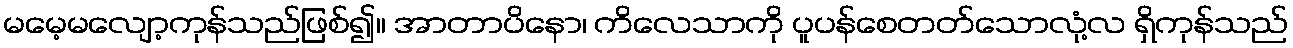
မမေ့မလျော့ကုန်သည်ဖြစ်၍။ အာတာပိနော၊ ကိလေသာကို ပူပန်စေတတ်သောလုံ့လ ရှိကုန်သည်